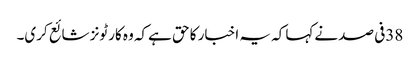
38فی صد نےکہا کہ یہ اخبار کا حق ہےکہ وہ کارٹونز شائع کری۔